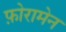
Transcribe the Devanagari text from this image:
फ़ोरामेन